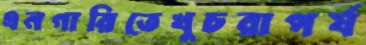
এনগারিতেখুচরাপর্য